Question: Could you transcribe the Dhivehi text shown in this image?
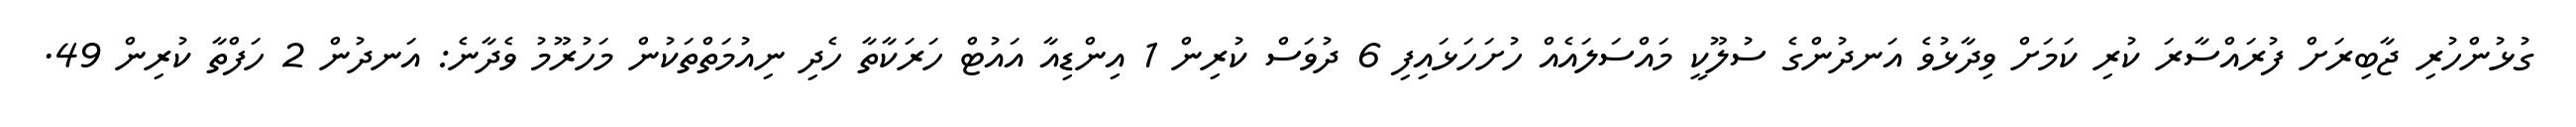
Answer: ގުޅުންހުރި ޖާބިރަށް ފުރައްސާރަ ކުރި ކަމަށް ވިދާޅުވެ އަނދުންގެ ސުލޫކީ މައްސަލައެއް ހުށަހަޅައިފި 6 ދުވަސް ކުރިން 1 އިންޑިއާ އައުޓް ހަރަކާތާ ހެދި ނިއުމަތްތަކުން މަހުރޫމު ވެދާނެ: އަނދުން 2 ހަފްތާ ކުރިން 49.